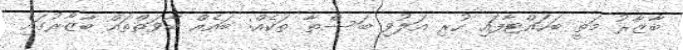
ބާޒާރު މަތީ ބަހައްޓާފައި ހުރި އަލުވި ބަސްތާ ތަކެއް: ބައެއް ބާވަތްތައް ބާޒާރުގައި